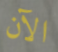
الآن